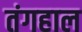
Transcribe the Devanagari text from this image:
तंगहाल